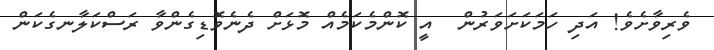
ވެރިވާށެވެ! އަދި ހަމަކަށަވަރުން  އީ ކޮންމެކަމެއް މޮޅަށް ދެނެވޮޑިގެންވާ ރަސްކަލާނގެކަން